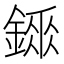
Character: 𨪼